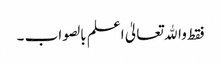
فقط واﷲ تعالیٰ اعلم بالصواب ۔